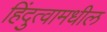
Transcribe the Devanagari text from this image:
हिंदुत्वामधील